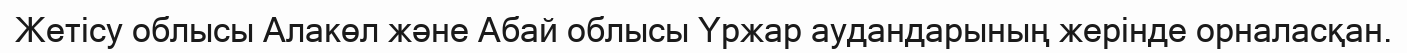
Жетісу облысы Алакөл және Абай облысы Үржар аудандарының жерінде орналасқан.